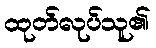
ထုတ်လုပ်သူ၏